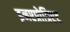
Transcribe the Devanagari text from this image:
इनएप्रोप्रिएट